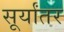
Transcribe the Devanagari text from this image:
सूर्यांतर